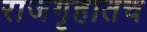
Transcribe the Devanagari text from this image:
राजगृहातच